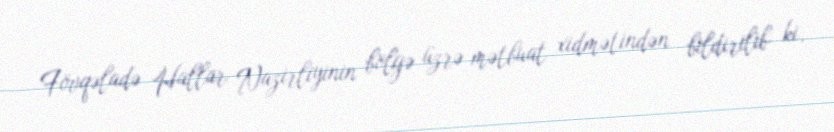
Fövqəladə Hallar Nazirliyinin bölgə üzrə mətbuat xidmətindən bildirilib ki,